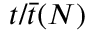
t / \bar { t } ( N )